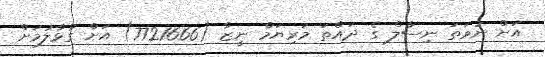
އަށް ނުވަތަ ނިސާލް ގެ ދައްތަ މަރިޔަމް ނީޒާ (7721666) އަށް ގުޅާލުމަށް